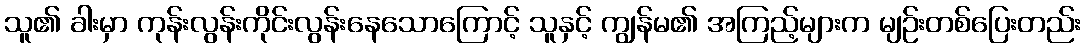
သူ၏ ခါးမှာ ကုန်းလွန်းကိုင်းလွန်းနေသောကြောင့် သူနှင့် ကျွန်မ၏ အကြည့်များက မျဉ်းတစ်ပြေးတည်း